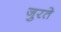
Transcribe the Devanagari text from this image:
जुरते